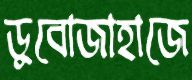
ডুবোজাহাজে